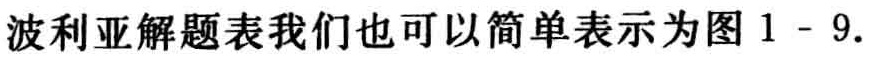
波利亚解题表我们也可以简单表示为图 1 - 9.